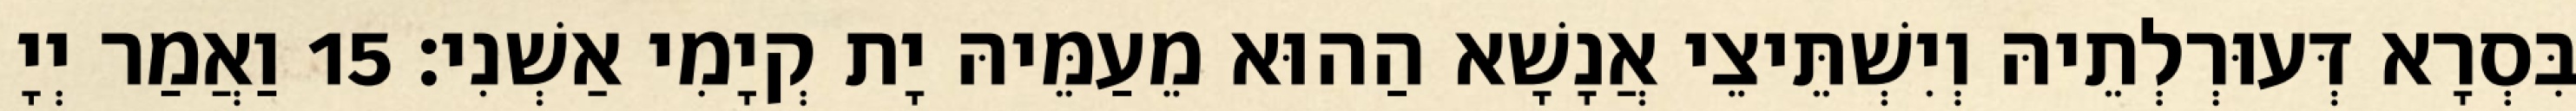
בִּסְרָא דְּעוּרְלְתֵיהּ וְיִשְׁתֵּיצֵי אֲנָשָׁא הַהוּא מֵעַמֵּיהּ יָת קְיָמִי אַשְׁנִי׃ 15 וַאֲמַר יְיָ